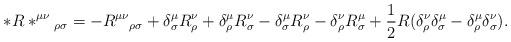
LaTeX: \begin{align*}*R*^{\mu \nu }{}{}_{\rho \sigma }=-R^{\mu \nu }{}{}_{\rho \sigma }+\delta^\mu_\sigma R^\nu_\rho +\delta^\mu_\rho R^\nu_\sigma-\delta^\mu_\sigma R^\nu_\rho-\delta^\nu_\rho R^\mu_\sigma +\frac{1}{2}R(\delta^\nu_\rho \delta^\mu_\sigma-\delta^\mu_\rho \delta^\nu_\sigma ).\end{align*}